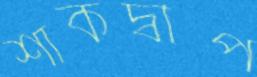
শাকদ্বীপ